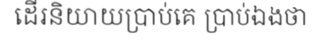
ដើរនិយាយប្រាប់គេ ប្រាប់ឯងថា